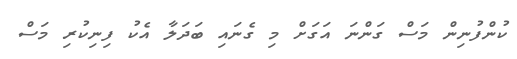
ކުންފުނިން މަސް ގަންނަ އަގަށް މި ގެނައި ބަދަލާ އެކު ފިނިކުރި މަސް